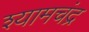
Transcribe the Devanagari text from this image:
श्यामचंद्र